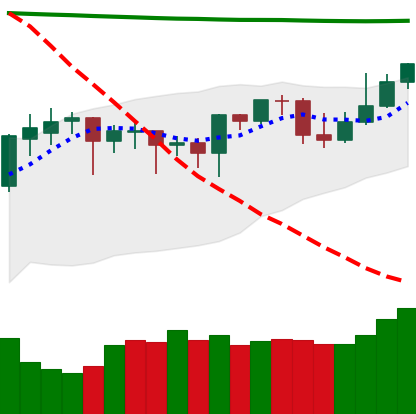
Ticker: DOGE-USD
Chart end date: 2020-04-25
Forward return: 14.052%
Label: up_7plus